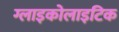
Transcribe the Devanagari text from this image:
ग्लाइकोलाइटिक